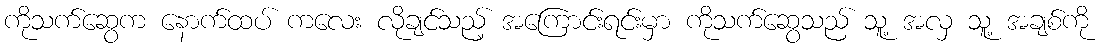
ကိုသက်ဆွေက နောက်ထပ် ကလေး လိုချင်သည့် အကြောင်းရင်းမှာ ကိုသက်ဆွေသည် သူ့ အလှ သူ့ အချစ်ကို